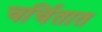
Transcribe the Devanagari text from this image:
चर्चितात